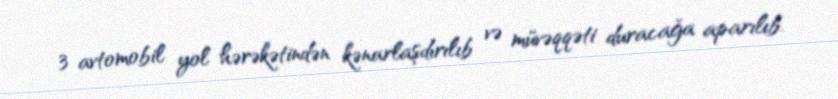
3 avtomobil yol hərəkətindən kənarlaşdırılıb və müvəqqəti duracağa aparılıb.